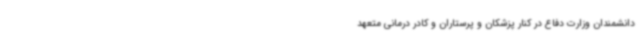
دانشمندان وزارت دفاع در کنار پزشکان و پرستاران و کادر درمانی متعهد